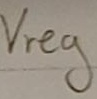
Text: Vreg